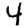
Digit: 4